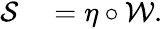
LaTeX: \begin{array}{rl}{\mathcal{S}}&{{}=\eta\circ\mathcal{W}.}\end{array}